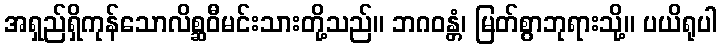
အရှည်ရှိကုန်သောလိစ္ဆဝီမင်းသားတို့သည်။ ဘဂဝန္တံ၊ မြတ်စွာဘုရားသို့။ ပယိရုပါ